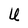
Character: U